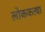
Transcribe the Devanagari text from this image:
लोककत्था